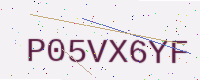
Text: P05VX6YF